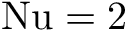
\mathrm { N u } = 2